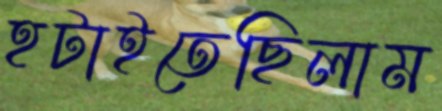
হটাইতেছিলাম